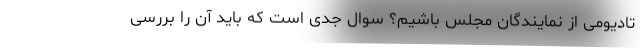
تادیومی از نمایندگان مجلس باشیم؟ سوال جدی است که باید آن را بررسی